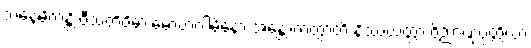
သနေမိကန္တိ ဝီသတိဝိဓာ မောဟဂါမိနော အန္တောကတွာတိ နိဿယတ္တာ ဝိညာဏုပ္ပတ္တိယာ